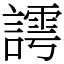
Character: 謣